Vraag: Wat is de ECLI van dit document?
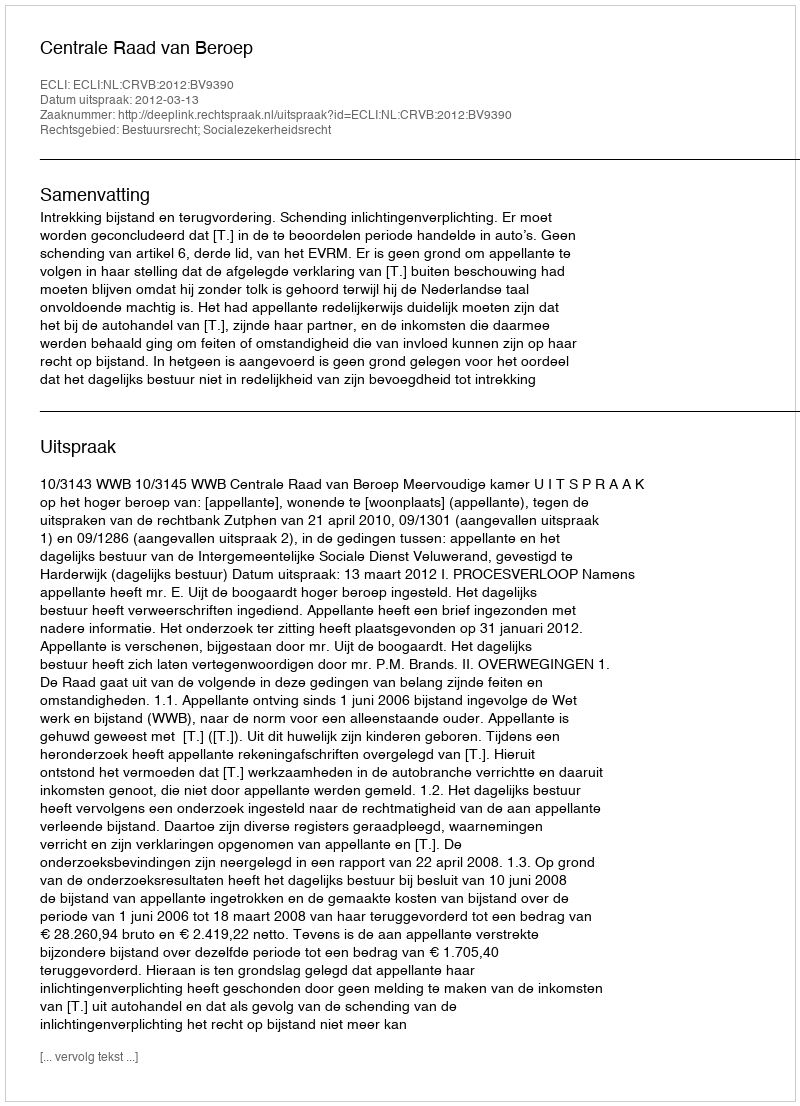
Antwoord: ECLI:NL:CRVB:2012:BV9390